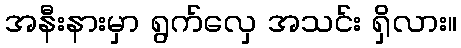
အနီးနားမှာ ရွက်လှေ အသင်း ရှိလား။